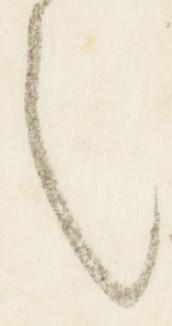
之